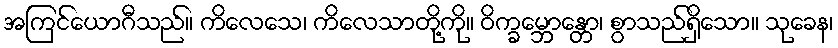
အကြင်ယောဂီသည်။ ကိလေသေ၊ ကိလေသာတို့ကို။ ဝိက္ခမ္ဘောန္တော၊ စွာသည်ရှိသော။ သုခေန၊